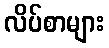
လိပ်စာများ